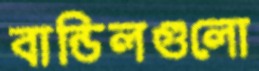
বান্ডিলগুলো